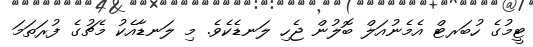
ޓީމުގެ ހުބަރޓް އެމެނުއަލް ބޮލުން ޖެހި ލަނޑެކެވެ. މި ލަނޑާއެކު މެޗުގެ ފުރަތަމަ